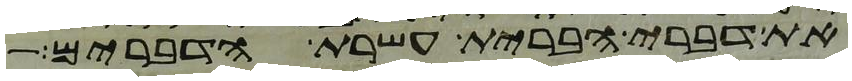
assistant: את דברי הברית עשרת הדברים